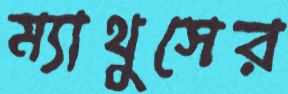
ম্যাথুসের